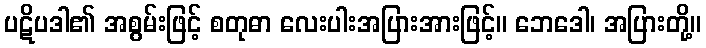
ပဋိပဒါ၏ အစွမ်းဖြင့် စတုဓာ လေးပါးအပြားအားဖြင့်။ ဘေဒေါ၊ အပြားတို့။